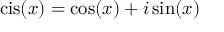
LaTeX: \operatorname { c i s } ( x ) = \cos ( x ) + i \sin ( x )